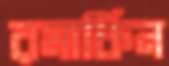
রমার্কিন